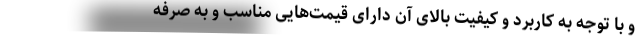
و با توجه به کاربرد و کیفیت بالای آن دارای قیمت‌هایی مناسب و به صرفه